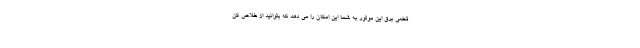
قطعی برق این موتور به شما این امکان را می دهد که بتوانید از خلاص کن